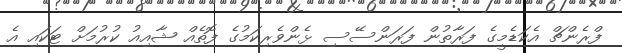
ފްރެންޗް އެކަޑެމީގެ ފަރާތުން ފަރަންސޭސި ޅެންވެރިކަމުގެ ފޮތެއް ޝާއިއު ކުރުމަށް ޓަކައި އެ